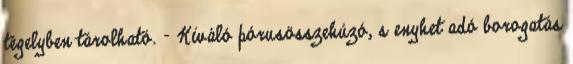
tégelyben tárolható. - Kiváló pórusösszehúzó, s enyhet adó borogatás